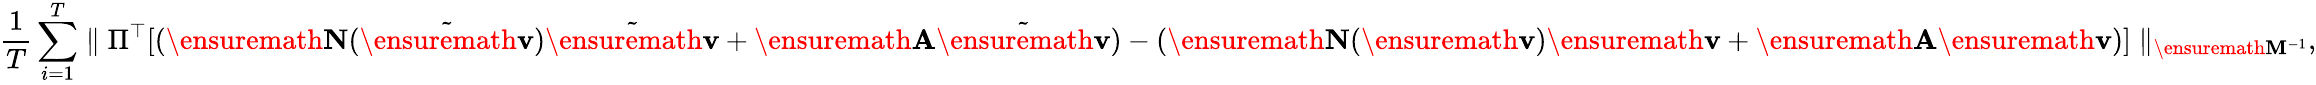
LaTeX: \frac{1}{T}\sum_{i=1}^{T}\parallel\Pi^{\top}[(\ensuremath{\mathbf{N}}(\tilde{\ensuremath{\mathbf{v}}})\tilde{\ensuremath{\mathbf{v}}}+\ensuremath{\mathbf{A}}\tilde{\ensuremath{\mathbf{v}}})-(\ensuremath{\mathbf{N}}(\ensuremath{\mathbf{v}})\ensuremath{\mathbf{v}}+\ensuremath{\mathbf{A}}\ensuremath{\mathbf{v}})]\parallel_{\ensuremath{\mathbf{M}}^{-1}},